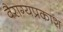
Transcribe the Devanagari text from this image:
वैराग्यप्रकाश